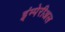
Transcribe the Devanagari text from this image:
इंम्पेरीअल